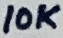
Text: 10K